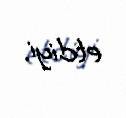
etdiyi.